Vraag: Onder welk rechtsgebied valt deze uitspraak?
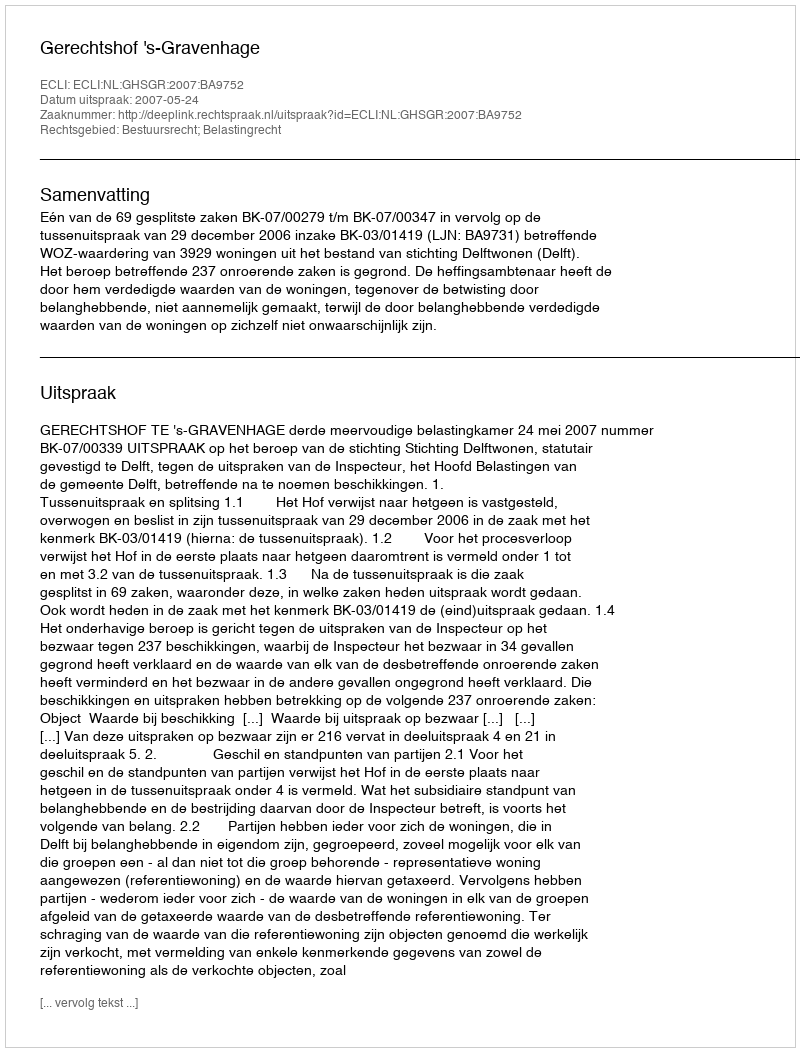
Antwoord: Bestuursrecht; Belastingrecht